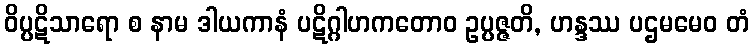
ဝိပ္ပဋိသာရော စ နာမ ဒါယကာနံ ပဋိဂ္ဂါဟကတောဝ ဥပ္ပဇ္ဇတိ, ဟန္ဒဿ ပဌမမေဝ တံ